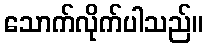
သောက်လိုက်ပါသည်။